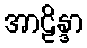
အာဠိန္ဒာ